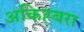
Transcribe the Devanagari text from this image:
अकिह्बरा